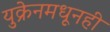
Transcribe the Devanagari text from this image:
युक्रेनमधूनही